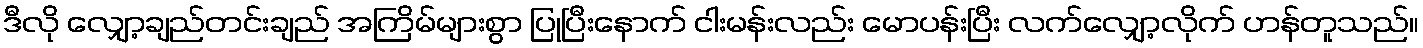
ဒီလို လျှော့ချည်တင်းချည် အကြိမ်များစွာ ပြုပြီးနောက် ငါးမန်းလည်း မောပန်းပြီး လက်လျှော့လိုက် ဟန်တူသည်။